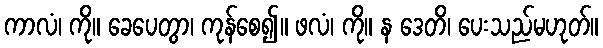
ကာလံ၊ ကို။ ခေပေတွာ၊ ကုန်စေ၍။ ဖလံ၊ ကို။ န ဒေတိ၊ ပေးသည်မဟုတ်။